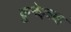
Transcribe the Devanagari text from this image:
क़ुनेइत्राह